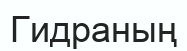
Гидраның